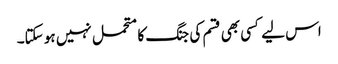
اس لیے کسی بھی قسم کی جنگ کا متحمل نہیں ہو سکتا۔